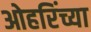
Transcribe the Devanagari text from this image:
ओहरिंच्या